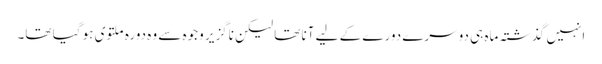
انہیں گذشتہ ماہ ہی دوسرے دورے کے لیے آنا تھا لیکن ناگزیر وجوہ سے وہ دورہ ملتوی ہو گیا تھا۔